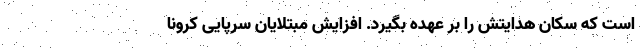
است که سکان هدایتش را بر عهده بگیرد. افزایش مبتلایان سرپایی کرونا